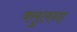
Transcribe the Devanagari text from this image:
वसुलना